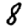
Digit: 8